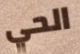
الحي